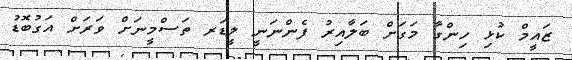
ޒައީމް ކުޅި ހިންގާ މަގަށް ބަލާއިރު ފެންނަނީ ލީޑަރ ތަސްމީނަށް ވަރަށް އަގުބޮޑު